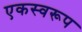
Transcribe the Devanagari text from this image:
एकस्वरूप